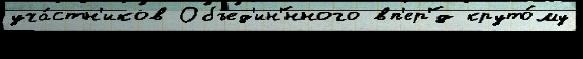
уча́стн'иков Объед'ин'́нного вп'ер'́д круто́му